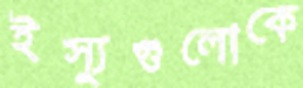
ইস্যুগুলোকে